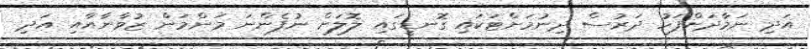
އަދި ނަމާދަށްފަހު ދަރުސް ދިނުމަށްޓަކައި ގޮނޑީގައި ލޮލަށް ނުފެންނަ މަންމަން ޒުވާނާއާއި އަދި